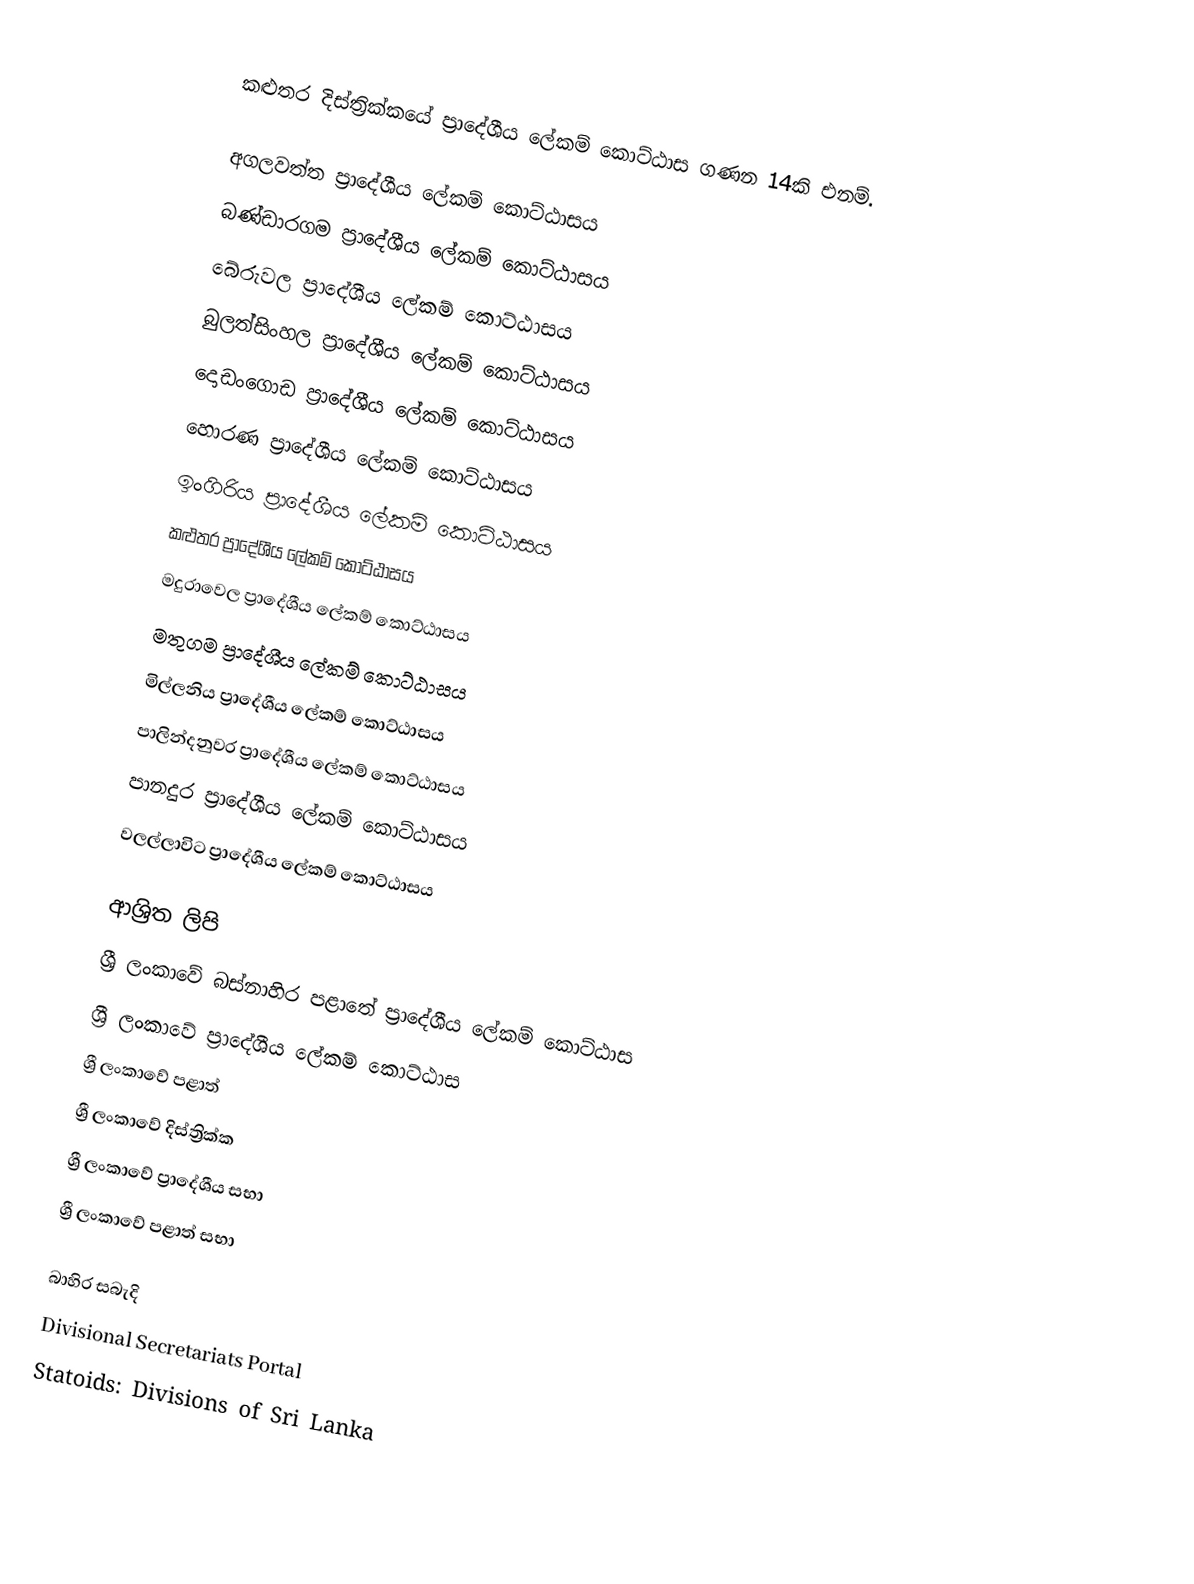
කළුතර දිස්ත්‍රික්කයේ ප්‍රාදේශීය ලේකම් කොට්ඨාස ගණන 14කි එනම්.

 අගලවත්ත ප්‍රාදේශීය ලේකම් කොට්ඨාසය
 බණ්ඩාරගම ප්‍රාදේශීය ලේකම් කොට්ඨාසය
 බේරුවල ප්‍රාදේශීය ලේකම් කොට්ඨාසය
 බුලත්සිංහල ප්‍රාදේශීය ලේකම් කොට්ඨාසය
 දොඩංගොඩ ප්‍රාදේශීය ලේකම් කොට්ඨාසය
 හොරණ ප්‍රාදේශීය ලේකම් කොට්ඨාසය
 ඉංගිරිය ප්‍රාදේශීය ලේකම් කොට්ඨාසය
 කළුතර ප්‍රාදේශීය ලේකම් කොට්ඨාසය
 මදුරාවෙල ප්‍රාදේශීය ලේකම් කොට්ඨාසය
 මතුගම ප්‍රාදේශීය ලේකම් කොට්ඨාසය
 මිල්ලනිය ප්‍රාදේශීය ලේකම් කොට්ඨාසය
 පාලින්දනුවර ප්‍රාදේශීය ලේකම් කොට්ඨාසය
 පානදුර ප්‍රාදේශීය ලේකම් කොට්ඨාසය
 වලල්ලාවිට ප්‍රාදේශීය ලේකම් කොට්ඨාසය

ආශ්‍රිත ලිපි
 ශ්‍රී ලංකාවේ බස්නාහිර පළාතේ ප්‍රාදේශීය ලේකම් කොට්ඨාස
 ශ්‍රී ලංකාවේ ප්‍රාදේශීය ලේකම් කොට්ඨාස
 ශ්‍රී ලංකාවේ පළාත්
 ශ්‍රී ලංකාවේ දිස්ත්‍රික්ක
 ශ්‍රී ලංකාවේ ප්‍රාදේශීය සභා
 ශ්‍රී ලංකාවේ පළාත් සභා

බාහිර සබැදි
 Divisional Secretariats Portal
 Statoids: Divisions of Sri Lanka